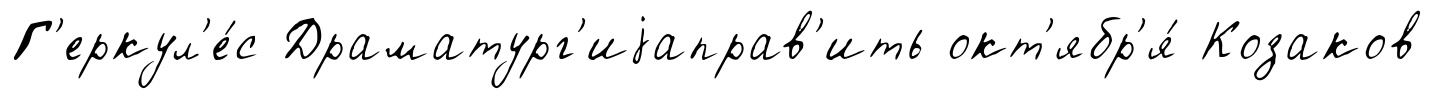
Г'еркул'е́с Драматург'иjаправ'ить окт'ябр'я́ Козаков